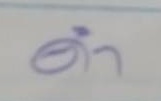
ดำ